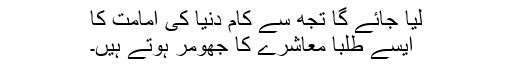
لیا جائے گا تجھ سے کام دنیا کی امامت کا
ایسے طلبا معاشرے کا جھومر ہوتے ہیں۔